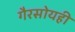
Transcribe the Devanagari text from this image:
गैरसोयही